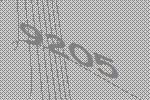
9205